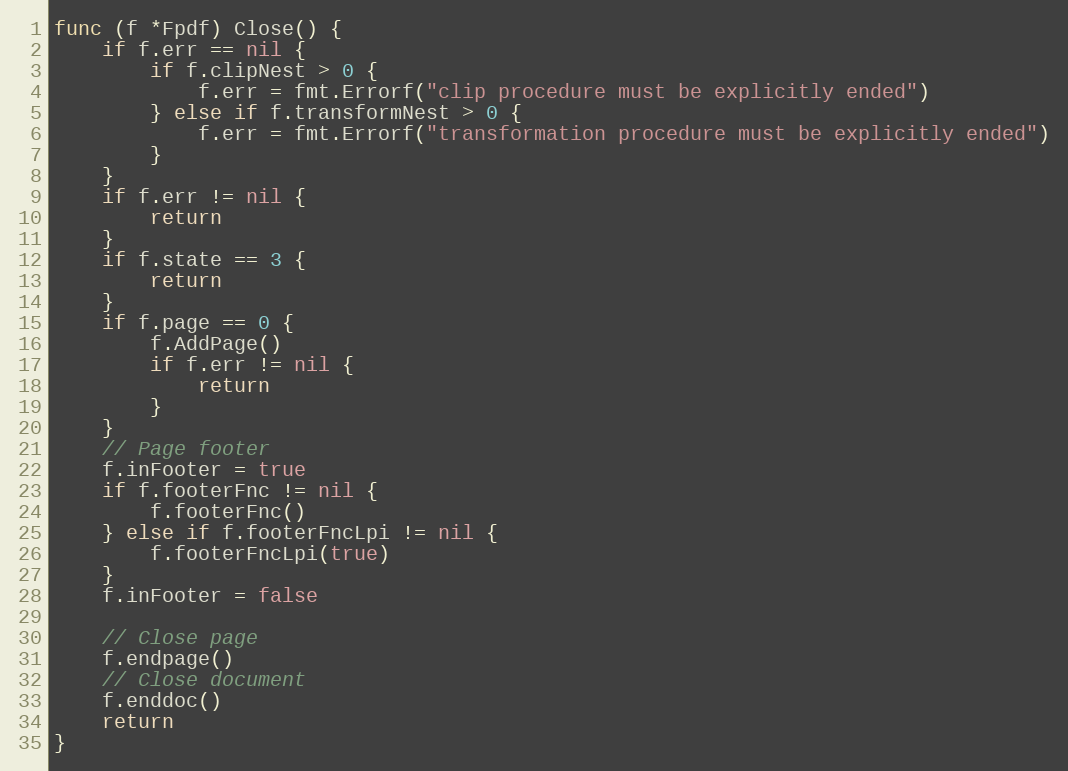
Language: Go
func (f *Fpdf) Close() {
	if f.err == nil {
		if f.clipNest > 0 {
			f.err = fmt.Errorf("clip procedure must be explicitly ended")
		} else if f.transformNest > 0 {
			f.err = fmt.Errorf("transformation procedure must be explicitly ended")
		}
	}
	if f.err != nil {
		return
	}
	if f.state == 3 {
		return
	}
	if f.page == 0 {
		f.AddPage()
		if f.err != nil {
			return
		}
	}
	// Page footer
	f.inFooter = true
	if f.footerFnc != nil {
		f.footerFnc()
	} else if f.footerFncLpi != nil {
		f.footerFncLpi(true)
	}
	f.inFooter = false

	// Close page
	f.endpage()
	// Close document
	f.enddoc()
	return
}